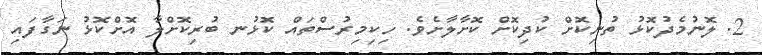
2. ލޮނުމެދުކޮޅު ތުނިކޮށް ކުދިކޮށް ކޮށާލާށެވެ. ހިކިމިރުސްތައް ކޮޅުނ ބުރިކޮށްލާ އޮށްކޮޅު ނަގާފައި